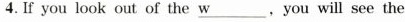
4. If you look out of the＼underline{w}.You will see the